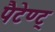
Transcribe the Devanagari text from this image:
पैटेण्ट्‍